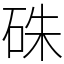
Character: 硃